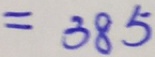
= 3 8 5